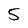
Character: 5